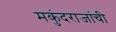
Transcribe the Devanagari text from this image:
मकुंदराजांची